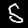
Label: 5